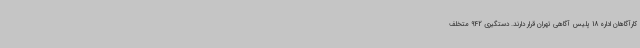
کارآگاهان اداره 18 پلیس آگاهی تهران قرار دارند. دستگیری 942 متخلف